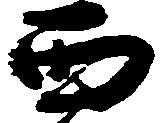
西